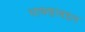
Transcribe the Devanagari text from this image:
भाषणाबद्दल